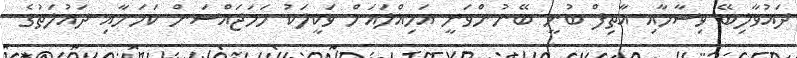
ދައުވާލިބޭ ވިސާމާއި އާތިފް ބުނީ ބޭނުންވަނީ އަމިއްލައަށް ވަކީލަކު ހަމަޖައްސަން ކަމަށާއި ދައުލަތުގެ